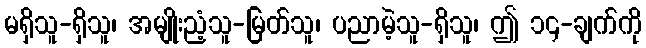
မရှိသူ-ရှိသူ၊ အမျိုးညံ့သူ-မြတ်သူ၊ ပညာမဲ့သူ-ရှိသူ၊ ဤ ၁၄-ချက်ကို